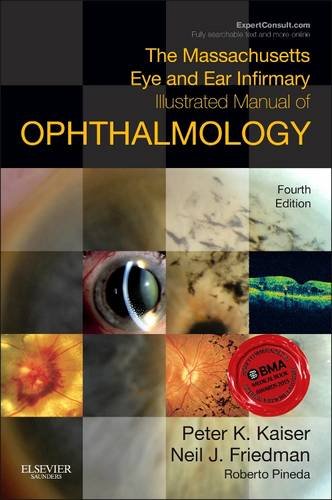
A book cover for The Massachusetts Eye and Ear Infirmary Illustrated Manual of Ophthalmology, 4e; Peter K. Kaiser MD; Medical Books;